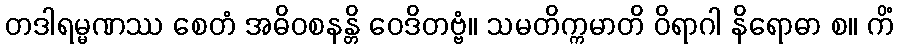
တဒါရမ္မဏဿ စေတံ အဓိဝစနန္တိ ဝေဒိတဗ္ဗံ။ သမတိက္ကမာတိ ဝိရာဂါ နိရောဓာ စ။ ကိံ